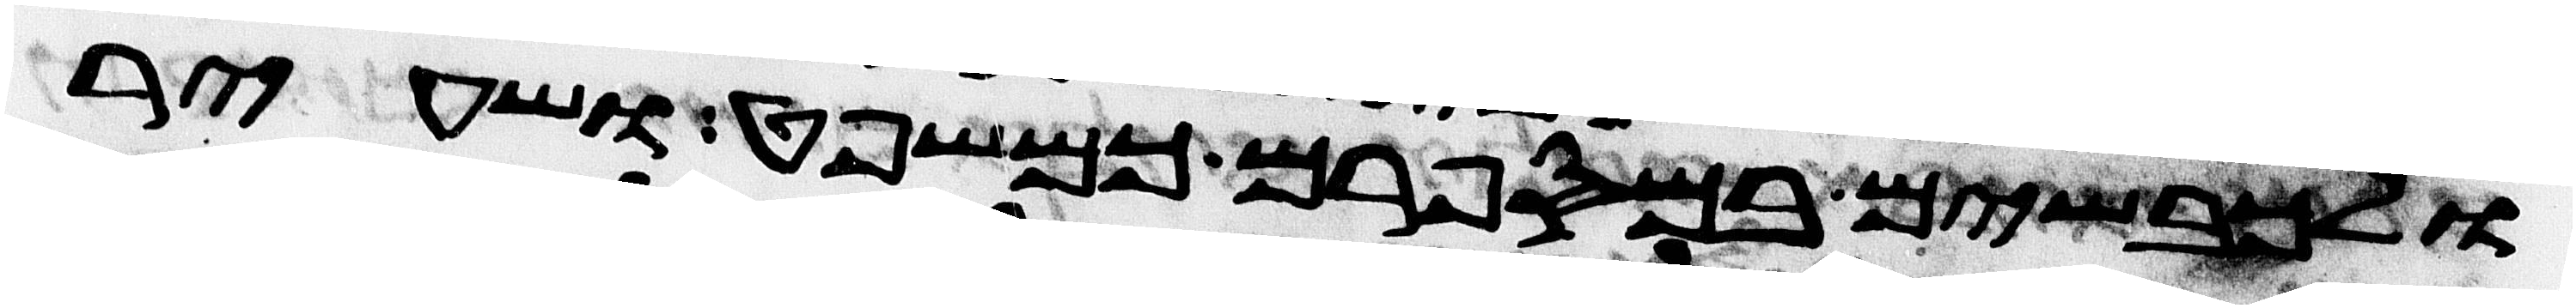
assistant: ולכבשים במספרם כמשפט ושעיר